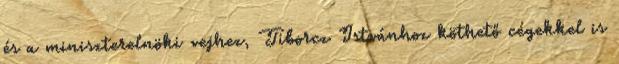
és a miniszterelnöki vejhez, Tiborcz Istvánhoz köthető cégekkel is